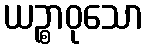
ယဉ္စာဝုသော